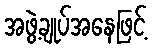
အဖွဲ့ချုပ်အနေဖြင့်